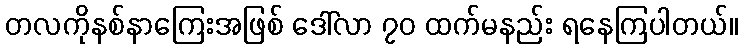
တလကိုနစ်နာကြေးအဖြစ် ဒေါ်လာ ၇၀ ထက်မနည်း ရနေကြပါတယ်။